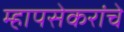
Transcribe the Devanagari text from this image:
म्हापसेकरांचे